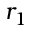
r _ { 1 }